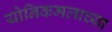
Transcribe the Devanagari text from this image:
योनिकमलाच्या